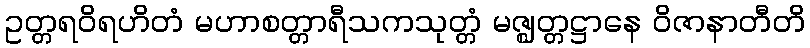
ဥတ္တရဝိရဟိတံ မဟာစတ္တာရီသကသုတ္တံ မဇ္ဈတ္တဋ္ဌာနေ ဝိဇာနာတီတိ